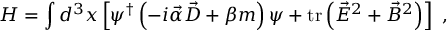
H = \int d ^ { 3 } x \left[ \psi ^ { \dagger } \left( - i \vec { \alpha } \vec { D } + \beta m \right) \psi + \mathrm { t r } \left( \vec { E } ^ { 2 } + \vec { B } ^ { 2 } \right) \right] \ ,